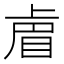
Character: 𭾴